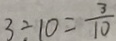
3 \div 1 0 = \frac { 3 } { 1 0 }